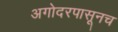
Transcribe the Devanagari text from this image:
अगोदरपासूनच